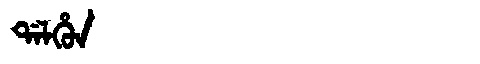
Manchu: ᡩᠠᠯᡥᡠᠨ
Romanization: DALHUN